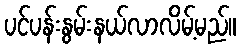
ပင်ပန်းနွမ်းနယ်လာလိမ့်မည်။